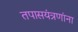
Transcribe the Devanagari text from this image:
तपासयंत्रणांना